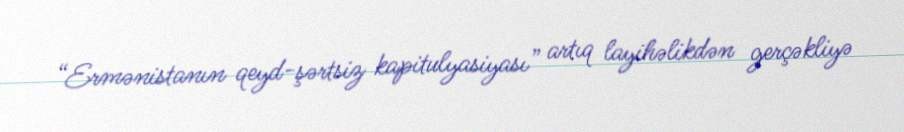
“Ermənistanın qeyd-şərtsiz kapitulyasiyası” artıq layihəlikdən gerçəkliyə